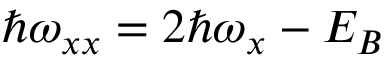
\hbar \omega _ { x x } = 2 \hbar \omega _ { x } - E _ { B }